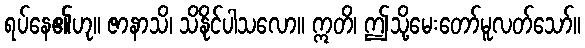
ရပ်နေ၏ဟု။ ဇာနာသိ၊ သိနိုင်ပါသလော။ ဣတိ၊ ဤသို့မေးတော်မူလတ်သော်။